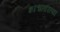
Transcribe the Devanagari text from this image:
शाश्वतरित्या